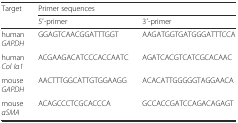
<table><thead><tr><td rowspan="2"><b>Target</b></td><td colspan="2"><b>Primer sequences</b></td></tr><tr><td><b>5′-primer</b></td><td><b>3′-primer</b></td></tr></thead><tbody><tr><td>human <i>GAPDH</i></td><td>GGAGTCAACGGATTTGGT</td><td>AAGATGGTGATGGGATTTCCA</td></tr><tr><td>human <i>Col Iα1</i></td><td>ACGAAGACATCCCACCAATC</td><td>AGATCACGTCATCGCACAAC</td></tr><tr><td>mouse <i>GAPDH</i></td><td>AACTTTGGCATTGTGGAAGG</td><td>ACACATTGGGGGTAGGAACA</td></tr><tr><td>mouse <i>αSMA</i></td><td>ACAGCCCTCGCACCCA</td><td>GCCACCGATCCAGACAGAGT</td></tr></tbody></table>